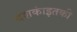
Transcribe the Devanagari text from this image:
दशकांइतकी